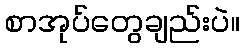
စာအုပ်တွေချည်းပဲ။